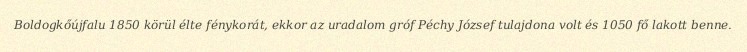
Boldogkőújfalu 1850 körül élte fénykorát, ekkor az uradalom gróf Péchy József tulajdona volt és 1050 fő lakott benne.